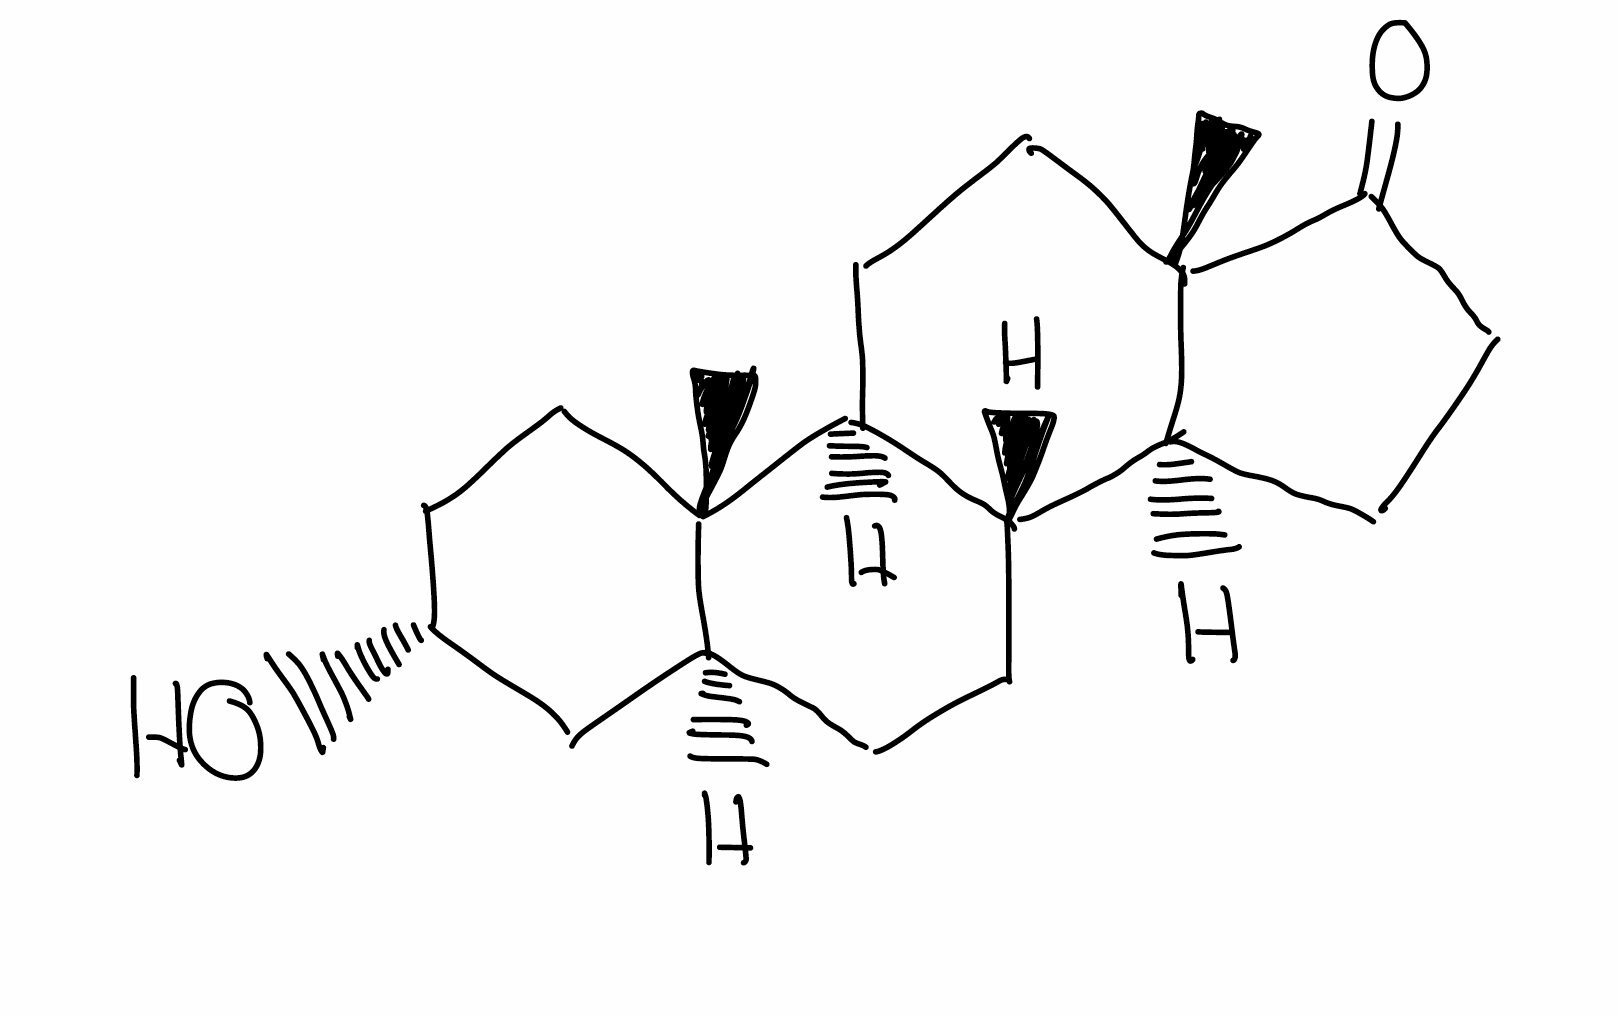
Simplified molecular-input line-entry system (SMILES) notation of the given molecule:
C[C@]12CC[C@H](C[C@@H]1CC[C@@H]3[C@@H]2CC[C@]4([C@H]3CCC4=O)C)O